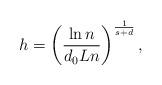
LaTeX: \begin{align*}h=\left(\frac{\ln n}{d_0Ln}\right)^{\frac{1}{s+d}},\end{align*}